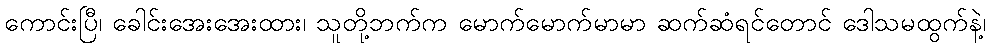
ကောင်းပြီ၊ ခေါင်းအေးအေးထား၊ သူတို့ဘက်က မောက်မောက်မာမာ ဆက်ဆံရင်တောင် ဒေါသမထွက်နဲ့၊